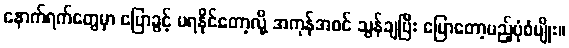
နောက်ရက်တွေမှာ ပြောခွင့် မရနိုင်တော့လို့ အကုန်အစင် သွန်ချပြီး ပြောတော့မည့်ပုံစံမျိုး။